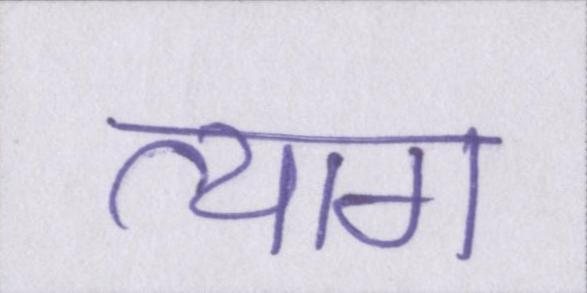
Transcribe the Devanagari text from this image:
त्याग